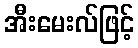
အီးမေးလ်ဖြင့်